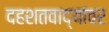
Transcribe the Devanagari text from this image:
दहशतवाद्यांवर